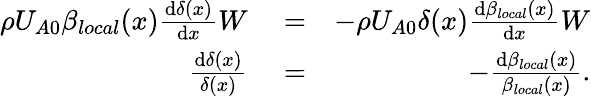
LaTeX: \begin{array}{rlr}{\rho U_{A0}\beta_{local}(x)\frac{\mathrm{d}\delta(x)}{\mathrm{d}x}W}&{{}=}&{-\rho U_{A0}\delta(x)\frac{\mathrm{d}\beta_{local}(x)}{\mathrm{d}x}W}\\ {\frac{\mathrm{d}\delta(x)}{\delta(x)}}&{{}=}&{-\frac{\mathrm{d}\beta_{local}(x)}{\beta_{local}(x)}.}\end{array}